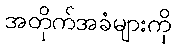
အတိုက်အခံများကို